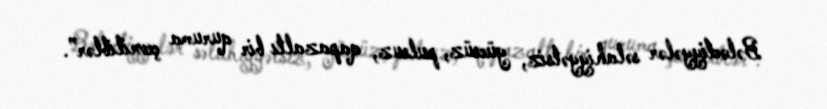
Bələdiyyələr səlahiyyətsiz, gücsüz, pulsuz, qapazaltı bir quruma çevriliblər”.